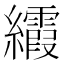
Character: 𬘐